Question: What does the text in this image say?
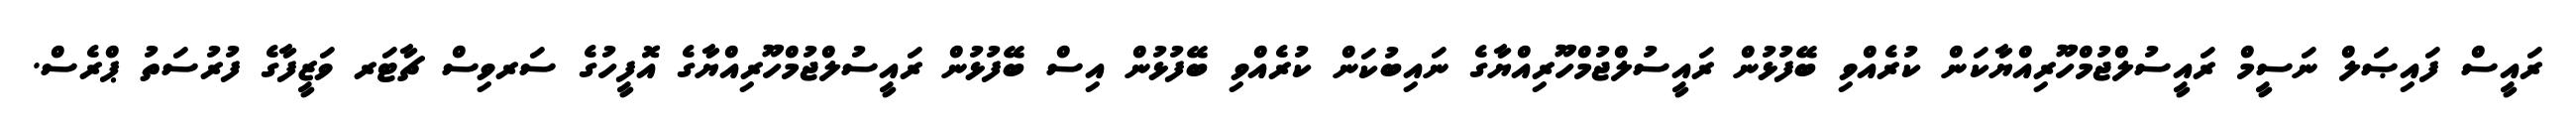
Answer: ރައީސް ފައިޞަލް ނަސީމް ރައީސުލްޖުމްހޫރިއްޔާކަން ކުރެއްވި ބޭފުޅުން ރައީސުލްޖުމްހޫރިއްޔާގެ ނައިބުކަން ކުރެއްވި ބޭފުޅުން އިސް ބޭފުޅުން ރައީސުލްޖުމްހޫރިއްޔާގެ އޮފީހުގެ ސަރވިސް ޗާޓަރ ވަޒީފާގެ ފުރުސަތު ޕްރެސް.